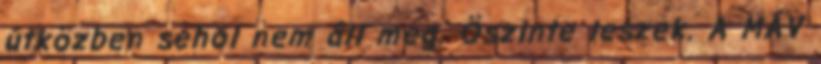
útközben sehol nem áll meg. Öszinte leszek. A MÁV